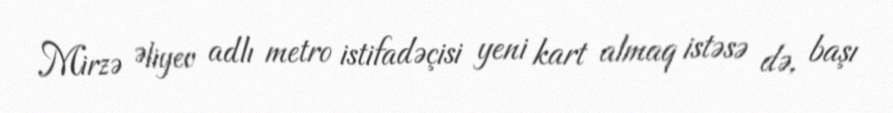
Mirzə Əliyev adlı metro istifadəçisi yeni kart almaq istəsə də, başı